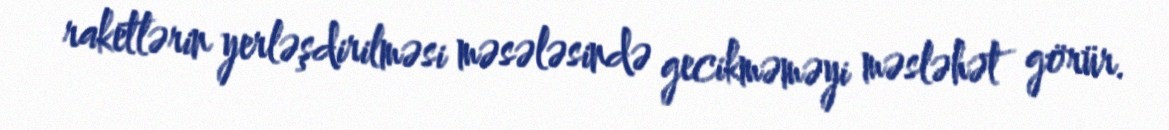
raketlərin yerləşdirilməsi məsələsində gecikməməyi məsləhət görür.